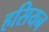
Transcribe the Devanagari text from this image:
हसियन